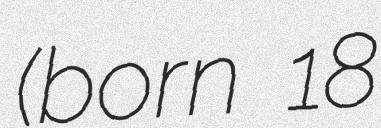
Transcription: (born 18